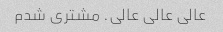
عالی عالی عالی. مشتری شدم